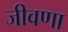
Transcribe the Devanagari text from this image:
जीवणा